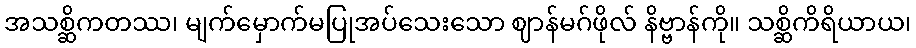
အသစ္ဆိကတဿ၊ မျက်မှောက်မပြုအပ်သေးသော ဈာန်မဂ်ဖိုလ် နိဗ္ဗာန်ကို။ သစ္ဆိကိရိယာယ၊